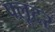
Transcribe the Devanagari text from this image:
फ्लूटर